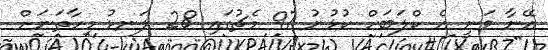
އޭނާ ވަނީ އެ ކްލަބަށް ކުޅުނު 97 މެޗުގައި 28 ލަނޑު މިހާތަނަށް